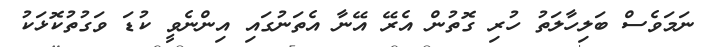
ނަމަވެސް ބަލިހާލަތު ހުރި ގޮތުން އެރޭ އޭނާ އެތަނުގައި އިންނެވީ ކުޑަ ވަގުތުކޮޅަކު